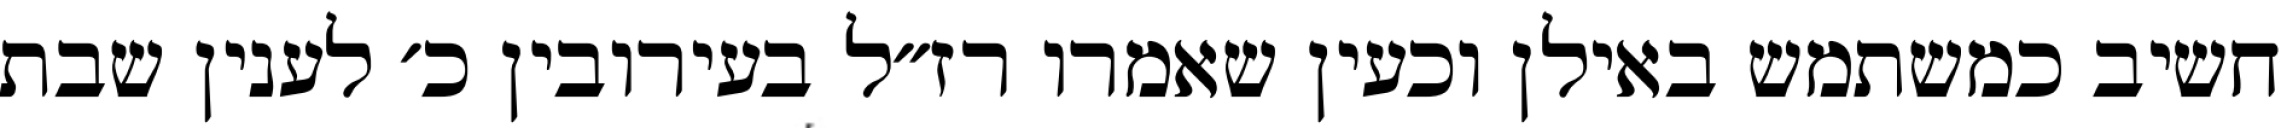
חשיב כמשתמש באילן וכעין שאמרו רז״ל בעירובין כ׳ לענין שבת